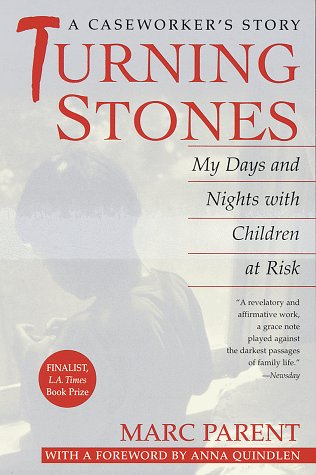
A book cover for Turning Stones: My Days and Nights with Children at Risk A Caseworker's Story; Marc Parent; Education & Teaching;